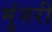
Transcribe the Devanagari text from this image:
मुंगरी